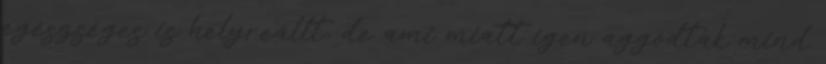
egészséges is helyreállt, de ami miatt igen aggódtak mind